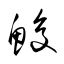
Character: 鮻